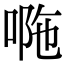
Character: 𠴻